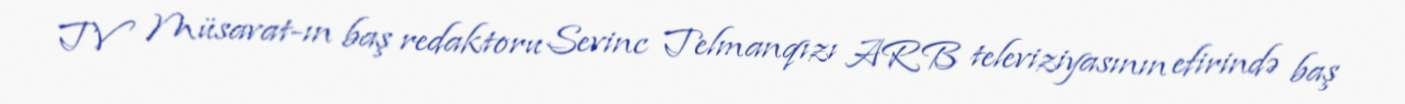
TV Müsavat-ın baş redaktoru Sevinc Telmanqızı ARB televiziyasının efirində baş